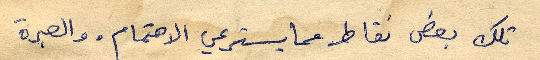
تلك بعض نقاط مما يسترعي الاهتمام. والعبرة